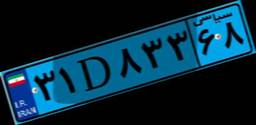
۳۱D۸۳۳۶۸